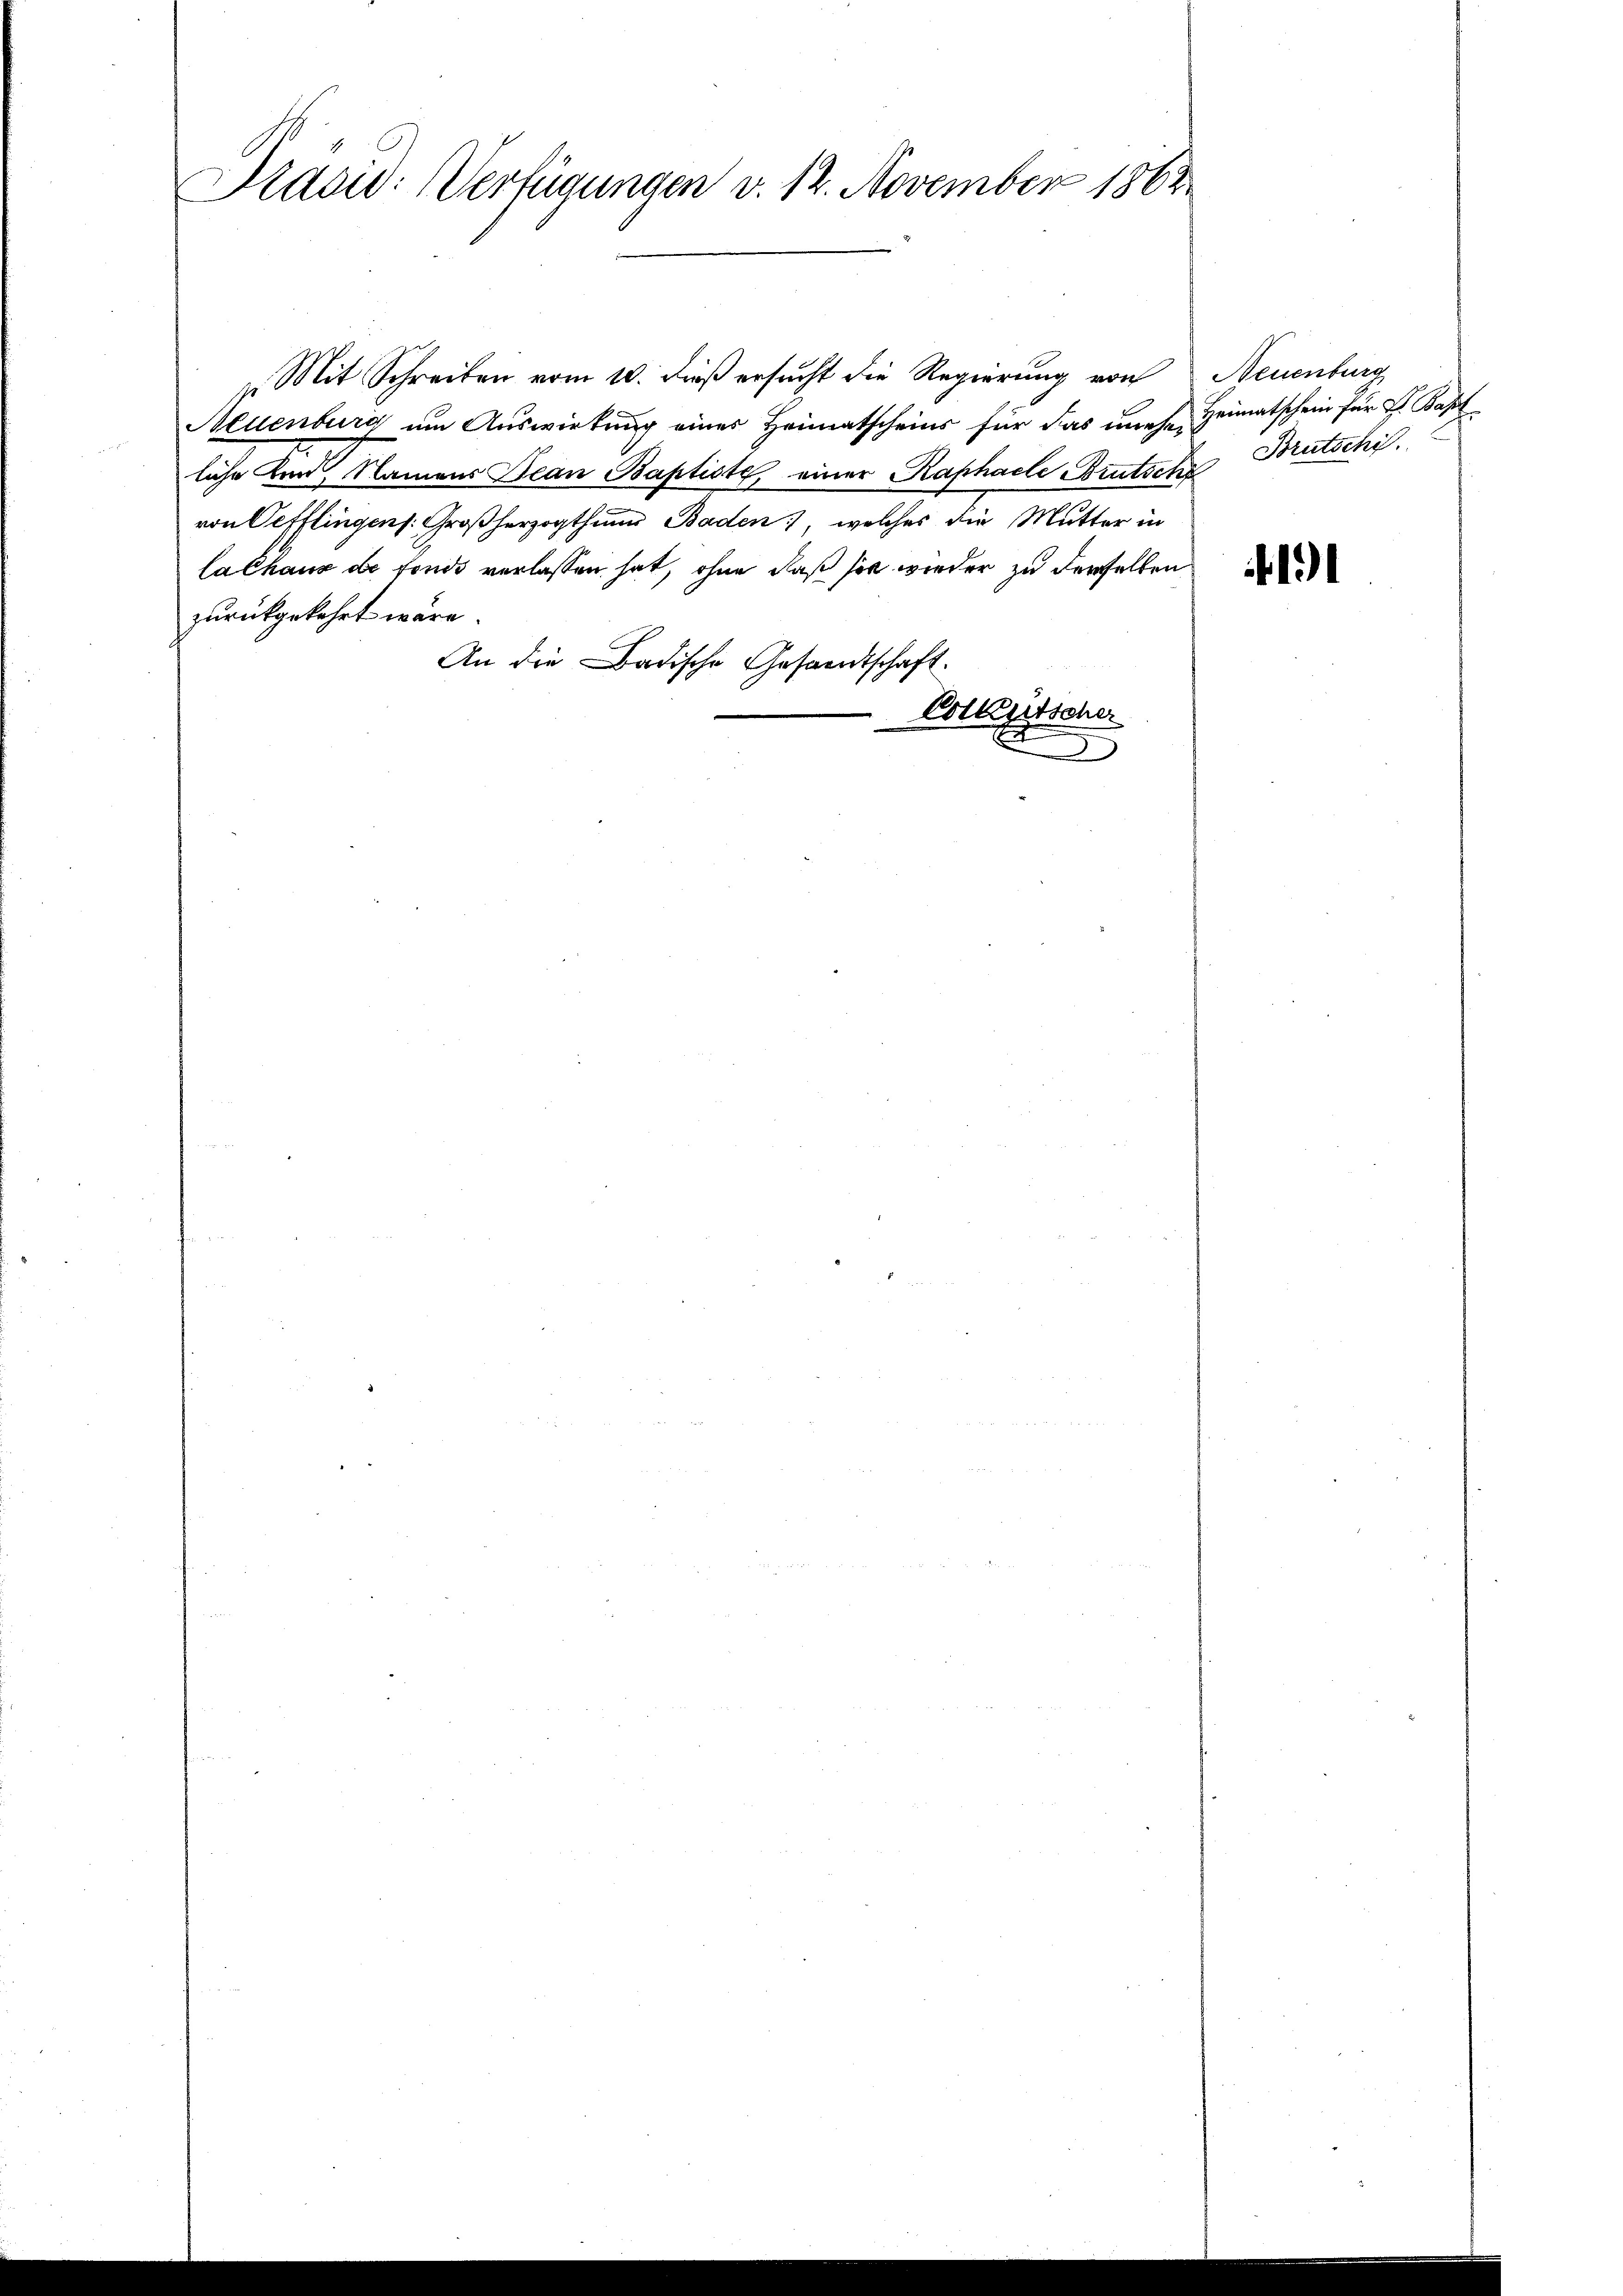
Präsid: Verfügungen v. 12. November 1862

Mit Schreiben vom 10. dieß ersucht die Regierung von Neuenburg
Neuenburg um Auswirkung eines Heimatscheins für das unehe Heimatschein für H. Bapt
liche Kind, Namens Bean Baptiste, einer Raphaele Brutsche Brutschi
von Oefflingens. Großherzogthum Baden, welches die Mutter in
lalhaus de fonds verlassen hat, ohne daß sie wieder zu derselben
zurückgekehrt wäre.
An die Badische Gesandtschaft.
Vollegitscher

1